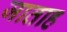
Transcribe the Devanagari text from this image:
जाताह